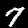
Label: 7